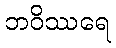
ဘဝိဿရေ